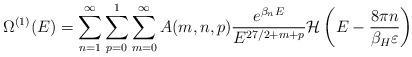
LaTeX: \begin{align*}\Omega^{(1)}(E)=\sum_{n=1}^{\infty}\sum_{p=0}^{1}\sum_{m=0}^{\infty}A(m,n,p)\frac{e^{\beta_nE}}{E^{27/2+m+p}} {\cal H}\left(E-\frac{8\pi n}{\beta_H \varepsilon}\right)\end{align*}